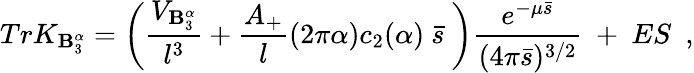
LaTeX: TrK_{\mathbf{B}_{3}^{\alpha}}=\left({\frac{{V_{\mathbf{B}_{3}^{\alpha}}}}{{l^{3}}}}+{\frac{{A_{+}}}{{l}}}(2\pi\alpha)c_{2}(\alpha)~\bar{{s}}~\right){\frac{{e^{-\mu\bar{{s}}}}}{{(4\pi\bar{{s}})^{3/2}}}}~+~ES~~,